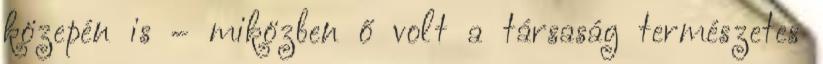
közepén is – miközben ő volt a társaság természetes